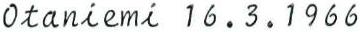
0taniemi 16.3.1966